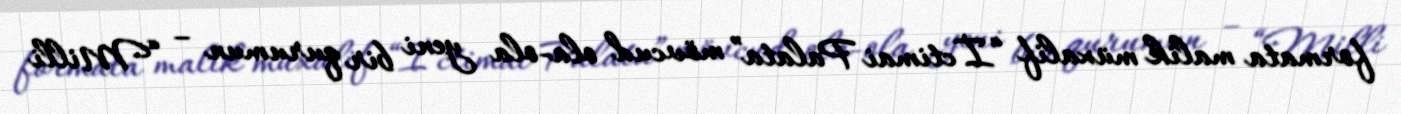
formata malik müxalif “İctimai Palata” mövcud ola-ola yeni bir qurumun – “Milli